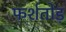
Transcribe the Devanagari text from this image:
फर्शतोड़